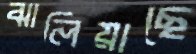
ঝালিয়াছে